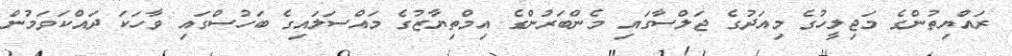
ރައްޔިތުންގެ މަޖިލީހުގެ މިއަދުގެ ޖަލްސާގައި މެންބަރުންގެ އިމްތިޔާޒުގެ މައްސަލައިގެ ބަހުސްގައި ވާހަކަ ދައްކަވަމުން